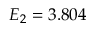
E _ { 2 } = 3 . 8 0 4 \